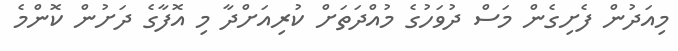
މިއަދުން ފެށިގެން މަސް ދުވަހުގެ މުއްދަތަށް ކުރިއަށްދާ މި އޮފާގެ ދަށުން ކޮންމެ